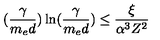
( \frac { \gamma } { m _ { e } d } ) \ln ( \frac { \gamma } { m _ { e } d } ) \leq \frac { \xi } { \alpha ^ { 3 } Z ^ { 2 } }